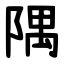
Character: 隅